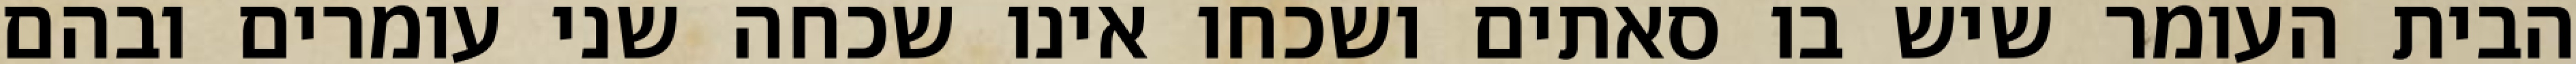
הבית העומר שיש בו סאתים ושכחו אינו שכחה שני עומרים ובהם